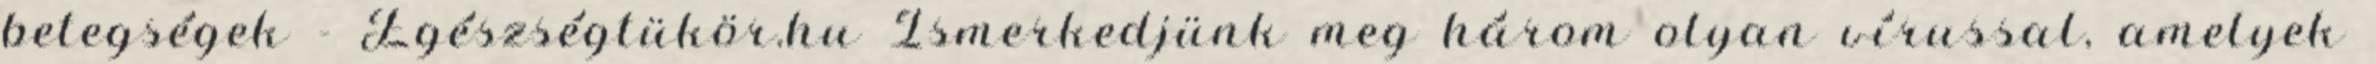
betegségek - Egészségtükör.hu Ismerkedjünk meg három olyan vírussal, amelyek